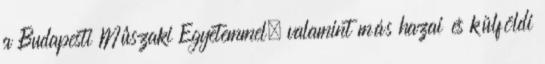
a Budapesti Mûszaki Egyetemmel, valamint más hazai és külföldi